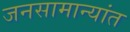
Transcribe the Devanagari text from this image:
जनसामान्यांत